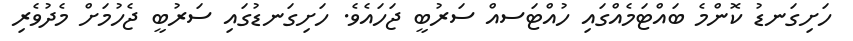
ހަށިގަނޑު ކޮންމެ ބައްޓަމެއްގައި ހުއްޓަސއް ސަރުބީ ޖަހައެވެ. ހަށިގަނޑުގައި ސަރުބީ ޖެހުމަށް މެދުވެރި